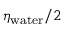
\eta _ { \mathrm { w a t e r } } / 2